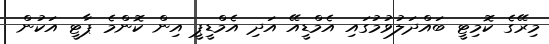
މިރޭގެ ކޮމިޓީ ބައްދަލުވުމުގައި އެމްޑީއޭ އަދި އެމްޑީޕީ އިން ކޮންމެ ޕާޓީ އަކުން